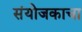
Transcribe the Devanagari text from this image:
संयोजकाचा